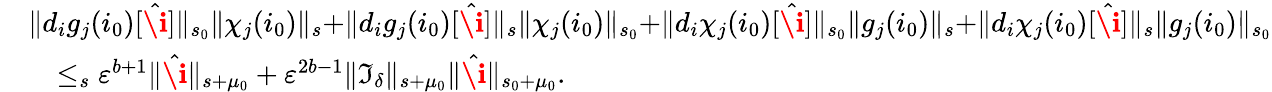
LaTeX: \begin{array}{rl}&{\rVert d_{i}g_{j}(i_{0})[\hat{\textbf{\i}}]\rVert_{s_{0}}\rVert\chi_{j}(i_{0})\rVert_{s}+\rVert d_{i}g_{j}(i_{0})[\hat{\textbf{\i}}]\rVert_{s}\rVert\chi_{j}(i_{0})\rVert_{s_{0}}+\rVert d_{i}\chi_{j}(i_{0})[\hat{\textbf{\i}}]\rVert_{s_{0}}\rVert g_{j}(i_{0})\rVert_{s}+\rVert d_{i}\chi_{j}(i_{0})[\hat{\textbf{\i}}]\rVert_{s}\rVert g_{j}(i_{0})\rVert_{s_{0}}}\\ &{\quad\le_{s}\varepsilon^{b+1}\rVert\hat{\textbf{\i}}\rVert_{s+\mu_{0}}+\varepsilon^{2b-1}\rVert\mathfrak{I}_{\delta}\rVert_{s+\mu_{0}}\rVert\hat{\textbf{\i}}\rVert_{s_{0}+\mu_{0}}.}\end{array}